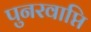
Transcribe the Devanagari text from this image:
पुनरवाप्ति